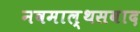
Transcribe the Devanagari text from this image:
नवमाल्थसवाद